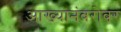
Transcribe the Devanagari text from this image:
आख्यानंबरोबर